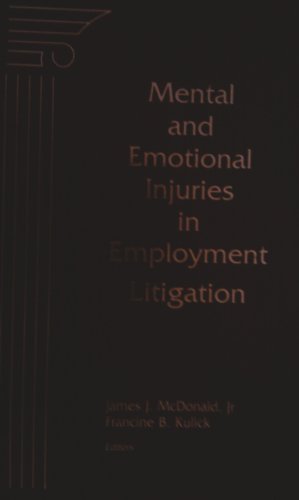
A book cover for Mental and Emotional Injuries in Employment Litigation; Francine B. Kulick; Law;